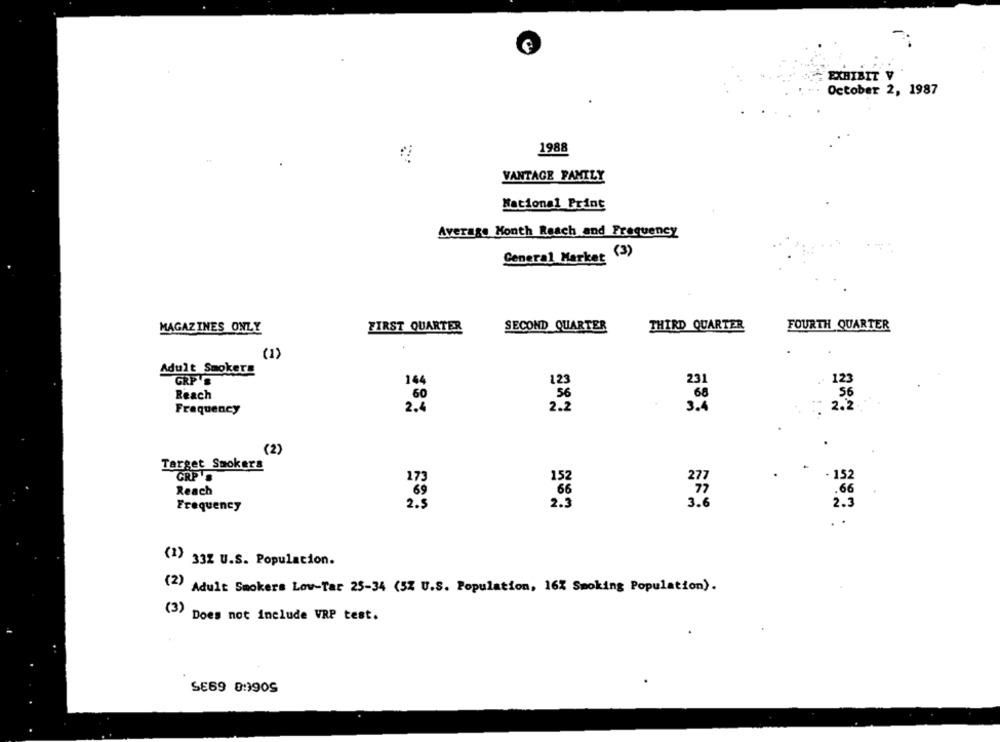
EXHIBIT
... October 2, 1987
1988
VANTAGE FAMILY
National Print
Average Month Reach and Frequency
General Market (3)
THIRD QUARTER
FOURTH QUARTER
MAGAZINES ONLY
FIRST QUARTER
SECOND QUARTER
(1)
Adult Smokers
GRP'S
231
123
144
Reach
68
56
2.%
2.2
3.4
2.2
Frequency
( 2)
Target Smokers
GRP'S
173
152
277
152
Reach
77
.66
2.3
3.6
Frequency
2.3
. .
(1) 332 U.S. Population.
(2) Adult Smokers Low-Tar 25-34 (5% U.S. Population, 16% Smoking Population).
(3)
Does not include VRP test.
SE69 8:390S